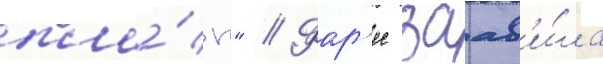
пла́н" // Фар'ес заав'и́ла